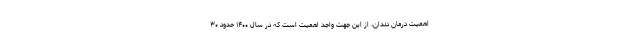
اهمیت درمان دندان، از این جهت واجد اهمیت است که در سال ۱۴۰۰ حدود ۳۰